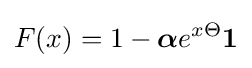
F(x)=1-{\boldsymbol {\alpha }}e^{x\Theta }{\boldsymbol {1}}